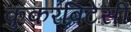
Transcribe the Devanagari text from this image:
कुकरबिटेसी